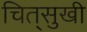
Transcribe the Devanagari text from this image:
चित्‌सुखी